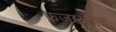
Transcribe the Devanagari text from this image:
फजलशाह